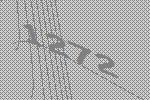
1272